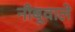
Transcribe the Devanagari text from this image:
नीबूवाले